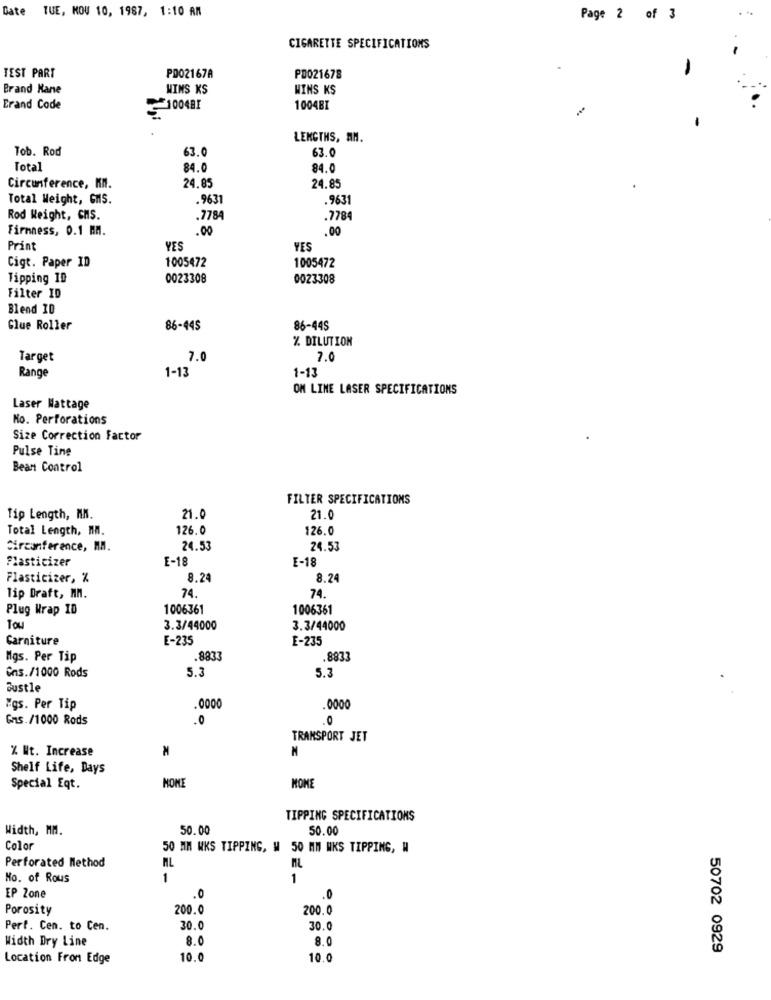
Date TUE, KOU 10, 1987, 1:10 AM
Page 2 of 3
CIGARETTE SPECIFICATIONS
TEST PART
PD02167A
PD021678
Brand Kane
WINS KS
WINS KS
Erand Code
=100481
10048I
LENGTHS, MM.
Tob. Rod
63.0
63.0
Total
84.0
84.0
Circumference, KM.
24.85
24.85
Total Weight, GnS.
.9631
9631
Rod Weight, CMS.
.7784
.7784
Firmness, 0.1 MM.
.00
.00
Print
YES
YES
1005472
1005472
Cigt. Paper ID
Tipping 10
0023308
0023308
Filter ID
Blend ID
Glue Roller
86-445
86-44S
% DILUTION
Target
7.0
7.0
Range
1-13
1-13
OM LINE LASER SPECIFICATIONS
Laser Wattage
Mo. Perforations
Size Correction Factor
Pulse Tine
Bean Control
FILTER SPECIFICATIONS
Tip Length, MM.
21.0
21.0
Total Length, MM.
126.0
126.0
Circonference, MA.
24.53
24.53
Plasticizer
E-18
E-18
Plasticizer, %
8.24
8.24
74.
74.
Tip Draft, MM.
Plug Wrap ID
1006361
1006361
Tou
3.3/44000
3.3/44000
Garniture
E-235
E-235
Mgs. Per Tip
.8833
.8833
5.3
5.3
Cns./1000 Rods
Sustle
"gs. Per Tip
.0000
0000
Gas./1000 Rods
.0
.0
TRANSPORT JET
% Nt. Increase
M
Shelf Life, Days
HOME
Special Eqt.
MOME
TIPPING SPECIFICATIONS
Width, MM.
50.00
50.00
Color
50 MM WKS TIPPING, W 50 MM MKS TIPPING, W
Perforated Method
ML
ML
No. of Rous
1
1
EP Zone
.0
.0
Porosity
200.0
200.0
Pert. Cen. to Cen.
30.0
30.0
Width Dry Line
8.0
8.0
50702 0929
Location From Edge
10.0
10.0